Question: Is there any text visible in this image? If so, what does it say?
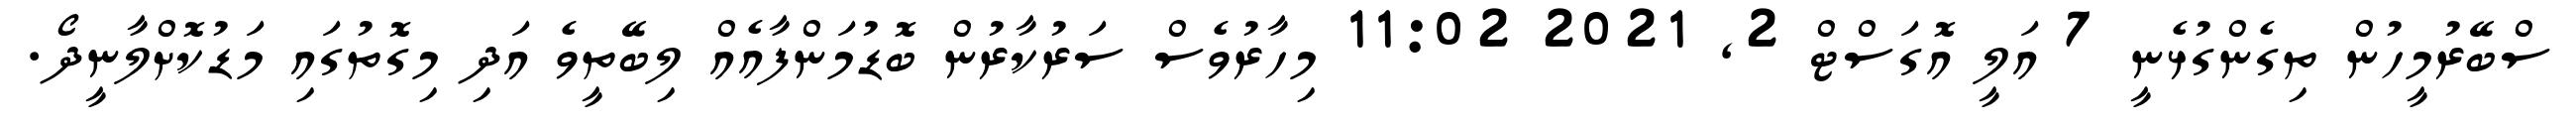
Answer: ސްބޭރުމީހުން ތިގެންގުޅެނީ 7 އަލީ އޮގަސްޓް 2, 2021 11:02 މިހާރުވެސް ސަރުކާރުން ބޮޑުމަންފާއެއް ލިބޭތީވެ އަދި މިގޮތުގައި މަޑުކޮށްލާނީދޯ.